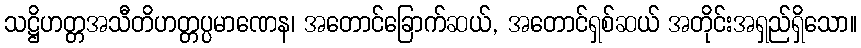
သဋ္ဌိဟတ္တအသီတိဟတ္တပ္ပမာဏေန၊ အတောင်ခြောက်ဆယ်, အတောင်ရှစ်ဆယ် အတိုင်းအရှည်ရှိသော။